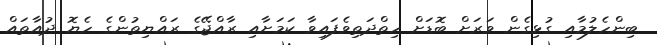
ބިންހެލުމާއި ގުޅިގެން ވަރަށް ބޮޑަށް ހިތްދަތިވެފައިވާ ކަމަށާއި ރާއްޖޭގެ ރައްޔިތުންގެ ހެޔޮ ދުއާތައް